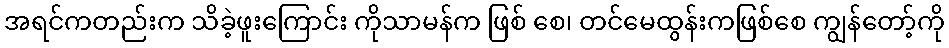
အရင်ကတည်းက သိခဲ့ဖူးကြောင်း ကိုသာမန်က ဖြစ် စေ၊ တင်မေထွန်းကဖြစ်စေ ကျွန်တော့်ကို